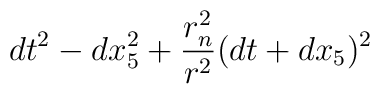
dt^2 -dx_5^2+{r_n^2 \over r^2} ( dt +  dx_5)^2